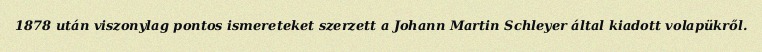
1878 után viszonylag pontos ismereteket szerzett a Johann Martin Schleyer által kiadott volapükről.